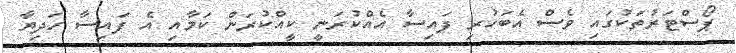
ޕޯސްޓަރުތަކުގައި ވެސް އެބަހުރި ފައިސާ އެއްކުރަނީ ކީއްކުރަން ކަމާއި އެ ފައިސާ ހަދިޔާ